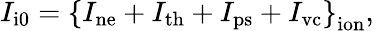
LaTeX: I_{\mathrm{i0}}=\left\{ I_{\mathrm{ne}}+I_{\mathrm{th}}+I_{\mathrm{ps}}+I_{\mathrm{vc}}\right\} _{\mathrm{ion}},